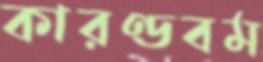
কারণ্ডবম